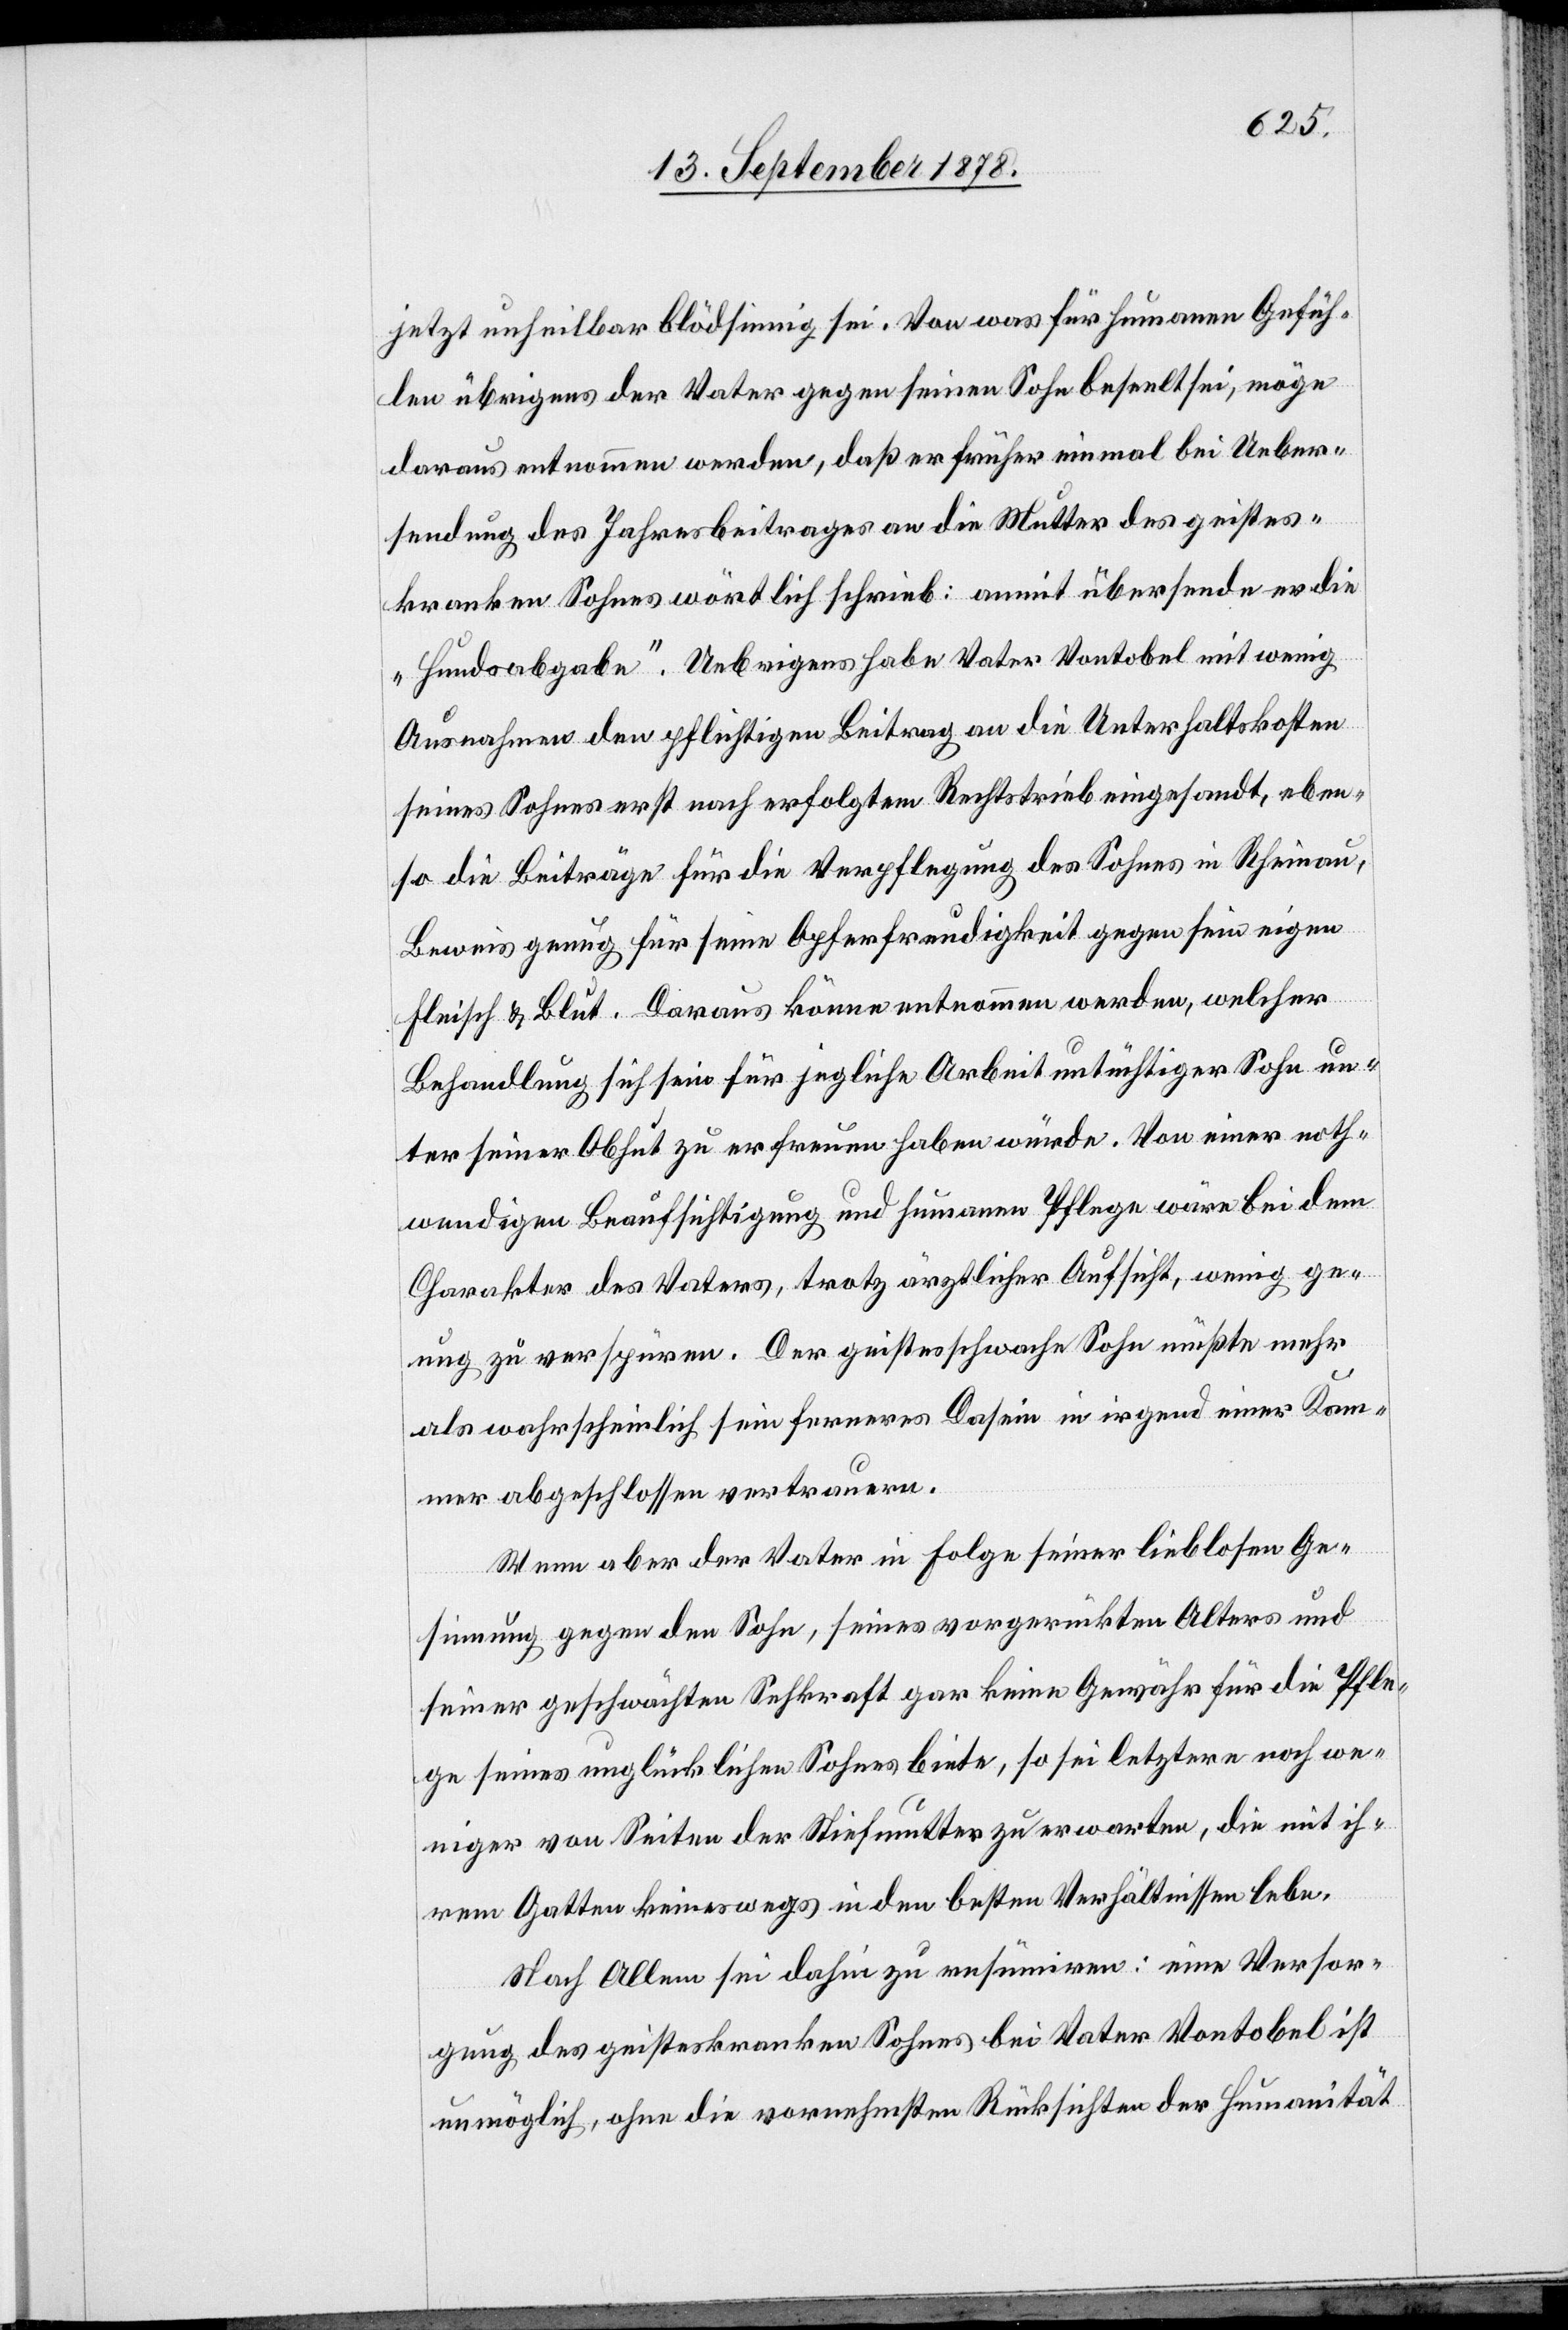
jetzt unheilbar blödsinnig sei. Von was für humane Gefüh¬
len übrigens der Vater gegen seinen Sohn beseelt sei, möge
daraus entnommen werden, daß er früher einmal bei Ueber¬
sendung des Jahresbeitrages an die Mutter des geistes¬
kranken Sohnes wörtlich schrieb: anmit übersende er die
„Hundsabgabe“. Uebrigens habe Vater Vontobel mit wenig
Ausnahmen den pflichtigen Beitrag an die Unterhaltskosten
seines Sohnes erst nach erfolgtem Rechtstrieb eingesandt, eben¬
so die Beiträge für die Verpflegung des Sohnes in Rheinau,
Beweis genug für seine Opferfreudigkeit gegen sein eigen
Fleisch & Blut. Daraus könne entnommen werden, welcher
Behandlung sich sein für jegliche Arbeit untüchtiger Sohn un¬
ter seiner Obhut zu erfreuen haben würde. Von einer noth¬
wendigen Beaufsichtigung und humanen Pflege wäre bei dem
Charakter des Vaters, trotz ärztlicher Aufsicht, wenig ge¬
nug zu verspüren. Der geistesschwache Sohne müßte mehr
als wahrscheinlich sein ferneres Dasein in irgend einer Kam¬
mer abgeschlossen vertrauern.
Wenn aber der Vater in Folge seiner lieblosen Ge¬
sinnung gegen den Sohn, seiner vorgerückten Alters und
seiner geschwächten Sehkraft gar keine Gewähr für die Pfle¬
ge seines unglücklichen Sohnes biete, so sei letztere noch we¬
niger von Seiten der Stiefmutter zu erwarten, die mit ih¬
rem Gatten keineswegs in den besten Verhältnissen lebe.
Nach Allem sei dahin zu resümiren: eine Versor¬
gung des geisteskranken Sohnes bei Vater Vontobel ist
unmöglich, ohne die vornehmsten Rücksichten der Humanität